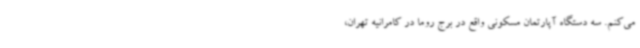
می‌کنم. سه دستگاه آپارتمان مسکونی واقع در برج روما در کامرانیه تهران،